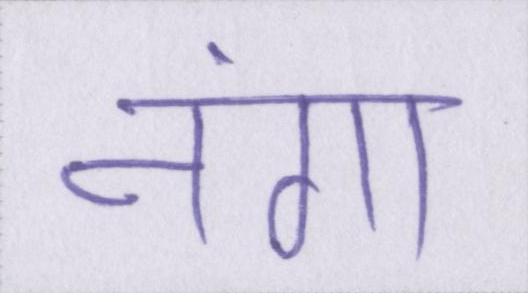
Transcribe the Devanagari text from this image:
नंगा